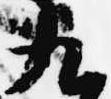
九